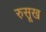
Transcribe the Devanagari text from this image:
रुसूख